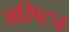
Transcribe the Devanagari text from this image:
अरिष्टच